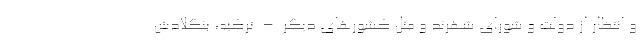
و انتظار از دولت و شورای شهرند و مثل کشورهای دیگر – ترکیه، بنگلادش